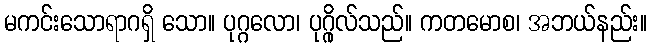
မကင်းသောရာဂရှိ သော။ ပုဂ္ဂလော၊ ပုဂ္ဂိုလ်သည်။ ကတမောစ၊ အဘယ်နည်း။